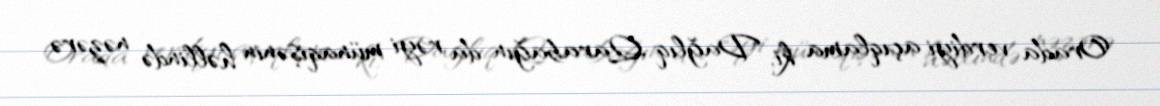
Orada verdiyi açıqlama ki, Dağlıq Qarabağın da rəyi münaqişənin həllində nəzərə